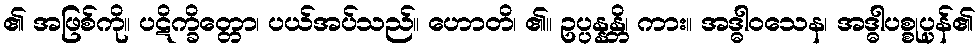
၏ အဖြစ်ကို။ ပဋိက္ခိတ္တော၊ ပယ်အပ်သည်။ ဟောတိ၊ ၏။ ဥပ္ပန္နန္တိ၊ ကား။ အဒ္ဓါဝသေန၊ အဒ္ဓါပစ္စုပ္ပန်၏